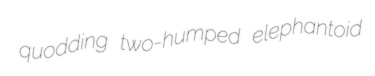
quodding two-humped elephantoid